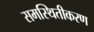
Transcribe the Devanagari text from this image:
समस्थितीकरण